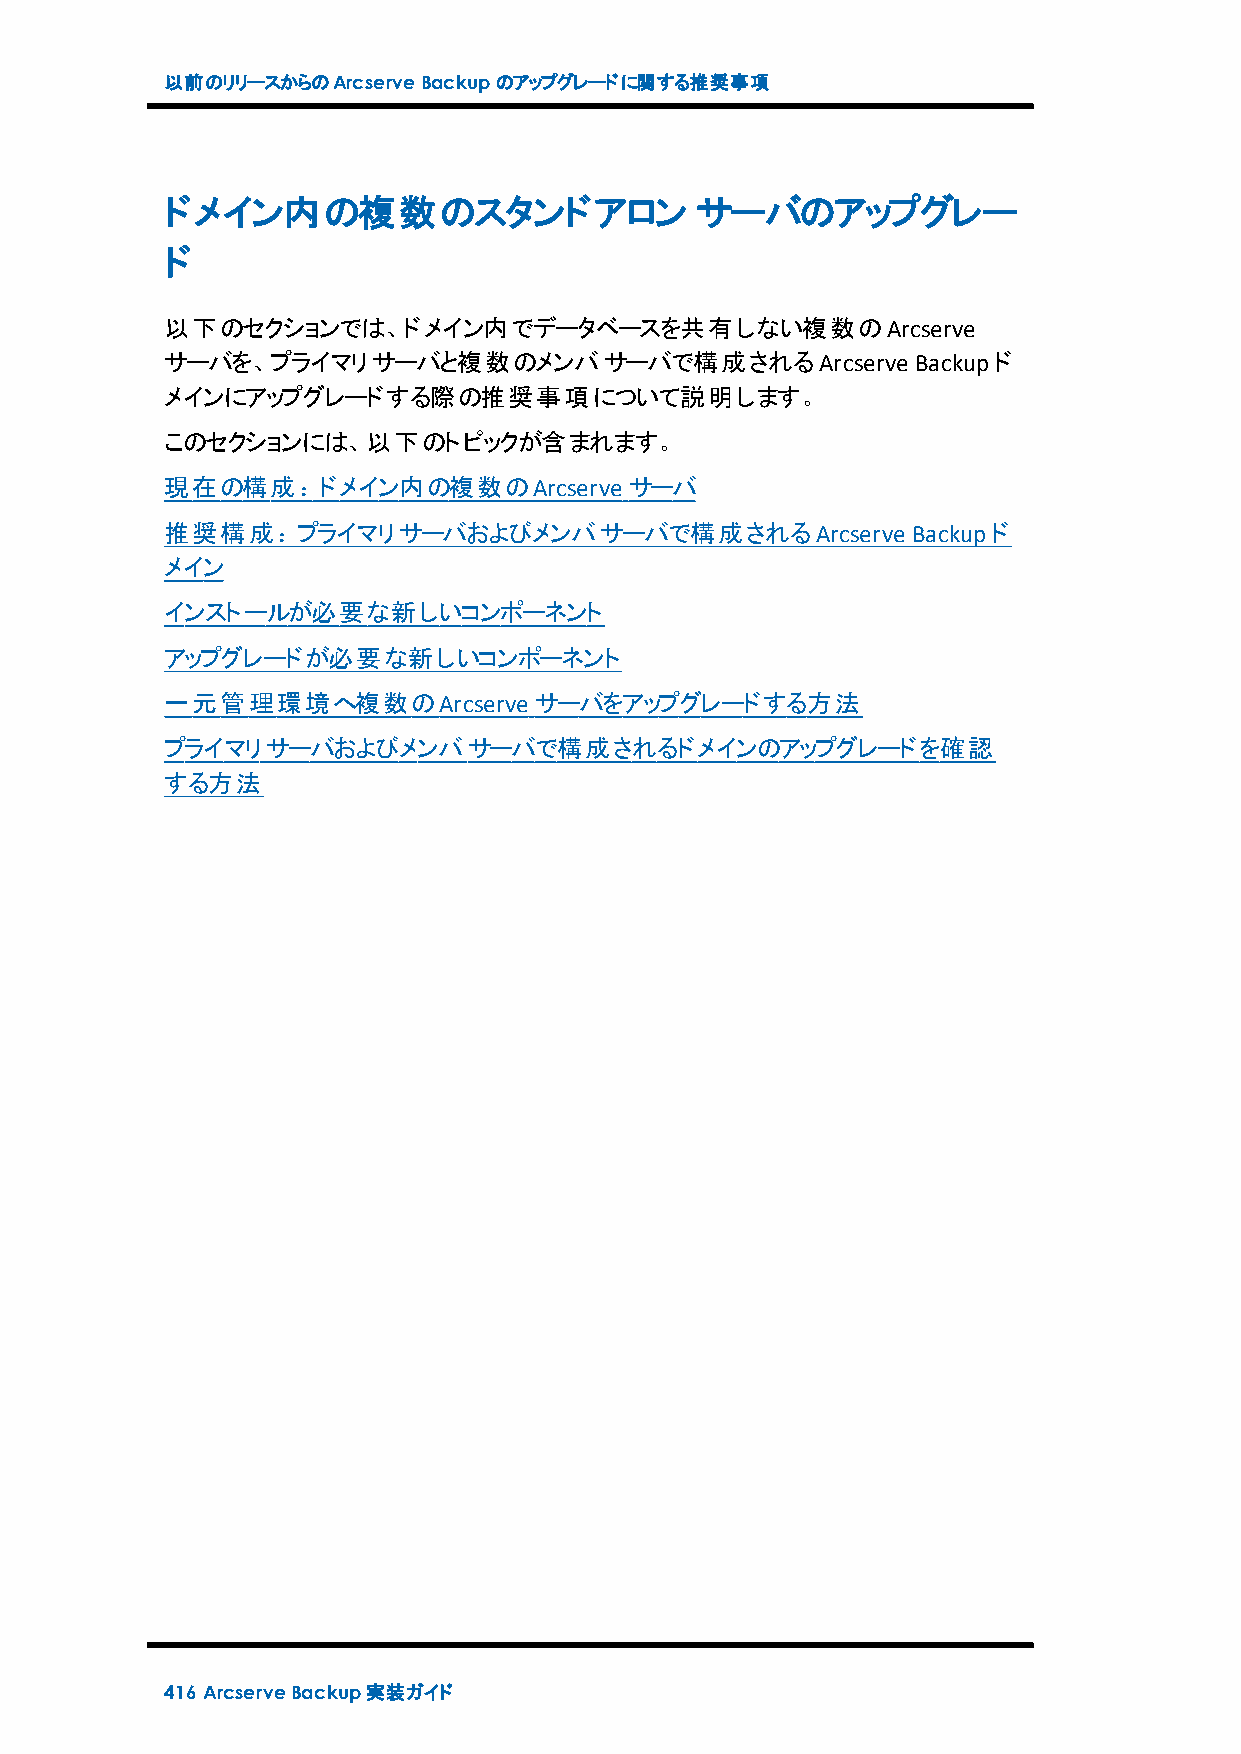
以前のリリースからのArcserveBackupのアップグレードに関する推奨事項
 ドメイン内の複数のスタンドアロン                   サーバのアップグレー
 ド
 以下のセクションでは、ドメイン内でデータベースを共有しない複数のArcserve
 サーバを、プライマリサーバと複数のメンバサーバで構成されるArcserve             Backupド
 メインにアップグレードする際の推奨事項について説明します。
 このセクションには、以下のトピックが含まれます。
 現在の構成：ドメイン内の複数のArcserve        サーバ
 推奨構成：プライマリサーバおよびメンバサーバで構成されるArcserve             Backupド
 メイン
 インストールが必要な新しいコンポーネント
 アップグレードが必要な新しいコンポーネント
 一元管理環境へ複数のArcserve      サーバをアップグレードする方法
 プライマリサーバおよびメンバサーバで構成されるドメインのアップグレードを確認
 する方法
 416 ArcserveBackup実装ガイド